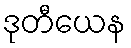
ဒုတီယေန